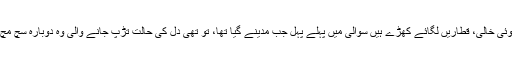
December 15, 2014	کھلا ہے سبھی کے لیے بابِ رحمت وہاں کوئی رتبے میں ادنیٰ نہ عالی مرادوں سے دامن نہیں کوئی خالی، قطاریں لگائے کھڑے ہیں سوالی میں پہلے پہل جب مدینے گیا تھا، تو تھی دل کی حالت تڑپ جانے والی وہ دوبارہ سچ مچ مرے سامنے تھا، ابھی تک تصور تھا جس کا خیالی جو اک ہاتھ سے ...